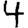
Digit: 4